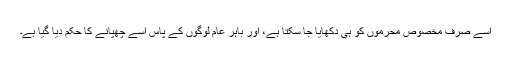
اسے صرف مخصوص محرموں کو ہی دکھایا جا سکتا ہے، اور باہر عام لوگوں کے پاس اسے چھپانے کا حکم دیا گیا ہے۔